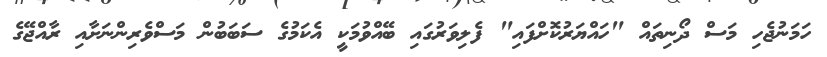
ހަމަނުޖެހި މަސް ދޯނިތައް "ހައްޔަރުކޮށްފައި" ފެލިވަރުގައި ބޭއްވުމަކީ އެކަމުގެ ސަބަބުން މަސްވެރިންނަށާއި ރާއްޖޭގެ